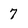
Character: 7